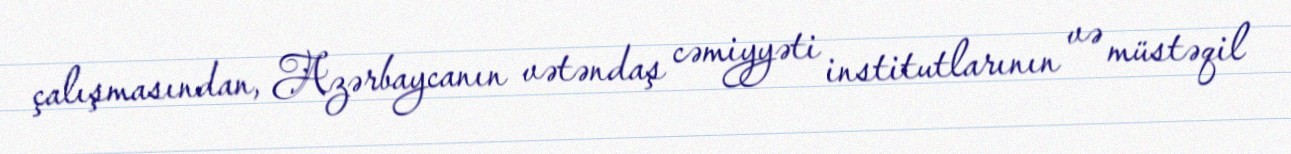
çalışmasından, Azərbaycanın vətəndaş cəmiyyəti institutlarının və müstəqil